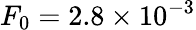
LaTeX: F_{0}=2.8\times 10^{-3}